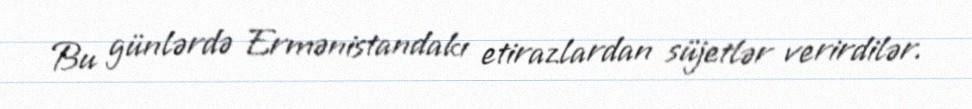
Bu günlərdə Ermənistandakı etirazlardan süjetlər verirdilər.